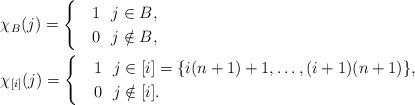
LaTeX: \begin{align*} & \chi_B(j)=\begin{cases} & 1 \ \ j\in B, \\ & 0 \ \ j \notin B, \end{cases} \\ & \chi_{[i]}(j)=\begin{cases} & 1 \ \ j\in [i]=\{i\*(n+1) +1, \ldots, (i+1)\*(n+1)\}, \\ & 0 \ \ j \notin [i]. \end{cases} \end{align*}